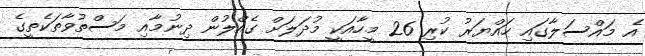
އެ މައްސަލާގައި ހައްޔަރު ކުރި 26 މީހާއަކީ މުދަލަށް ގެއްލުން ދިނުމާއި މަސްތުވާތަކެތީގެ